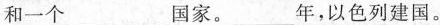
和一个\underline国家。\underline年，以色列建国。